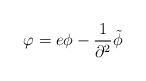
\begin{align*}\varphi=e\phi-{1\over\partial^2}\tilde\phi\end{align*}